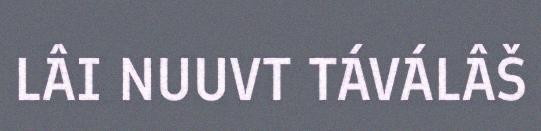
LÂI NUUVT TÁVÁLÂŠ